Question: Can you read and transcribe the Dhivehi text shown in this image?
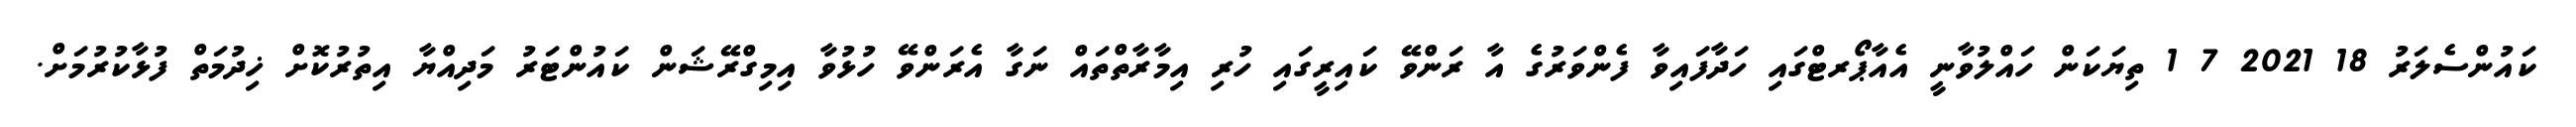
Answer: ކައުންސެލަރު 18 2021 7 1 ތިޔަކަން ހައްލުވާނީ އެއާޕޯރޓްގައި ހަދާފައިވާ ފެންވަރުގެ އާ ރަންވޭ ކައިރީގައި ހުރި އިމާރާތްތައް ނަގާ އެރަންވޭ ހުޅުވާ އިމިގްރޭޝަން ކައުންޓަރު މަދިއްޔާ އިތުރުކޮށް ޚިދުމަތް ފުޅާކުރުމަށް.